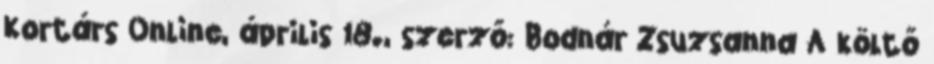
Kortárs Online, április 18., szerző: Bodnár Zsuzsanna A költő